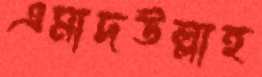
এমাদউল্লাহ